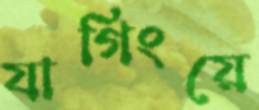
যাগিংয়ে